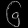
Digit: ၆